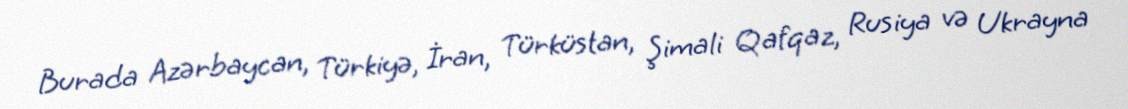
Burada Azərbaycan, Türkiyə, İran, Türküstan, Şimali Qafqaz, Rusiya və Ukrayna